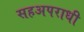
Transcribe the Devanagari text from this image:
सहअपराधी